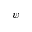
\psi